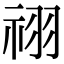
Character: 祤